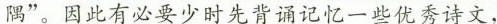
隅”。因此有必要少时先背诵记忆一些优秀诗文，